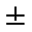
\pm